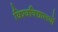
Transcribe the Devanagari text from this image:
विश्‍वविद्यालयों